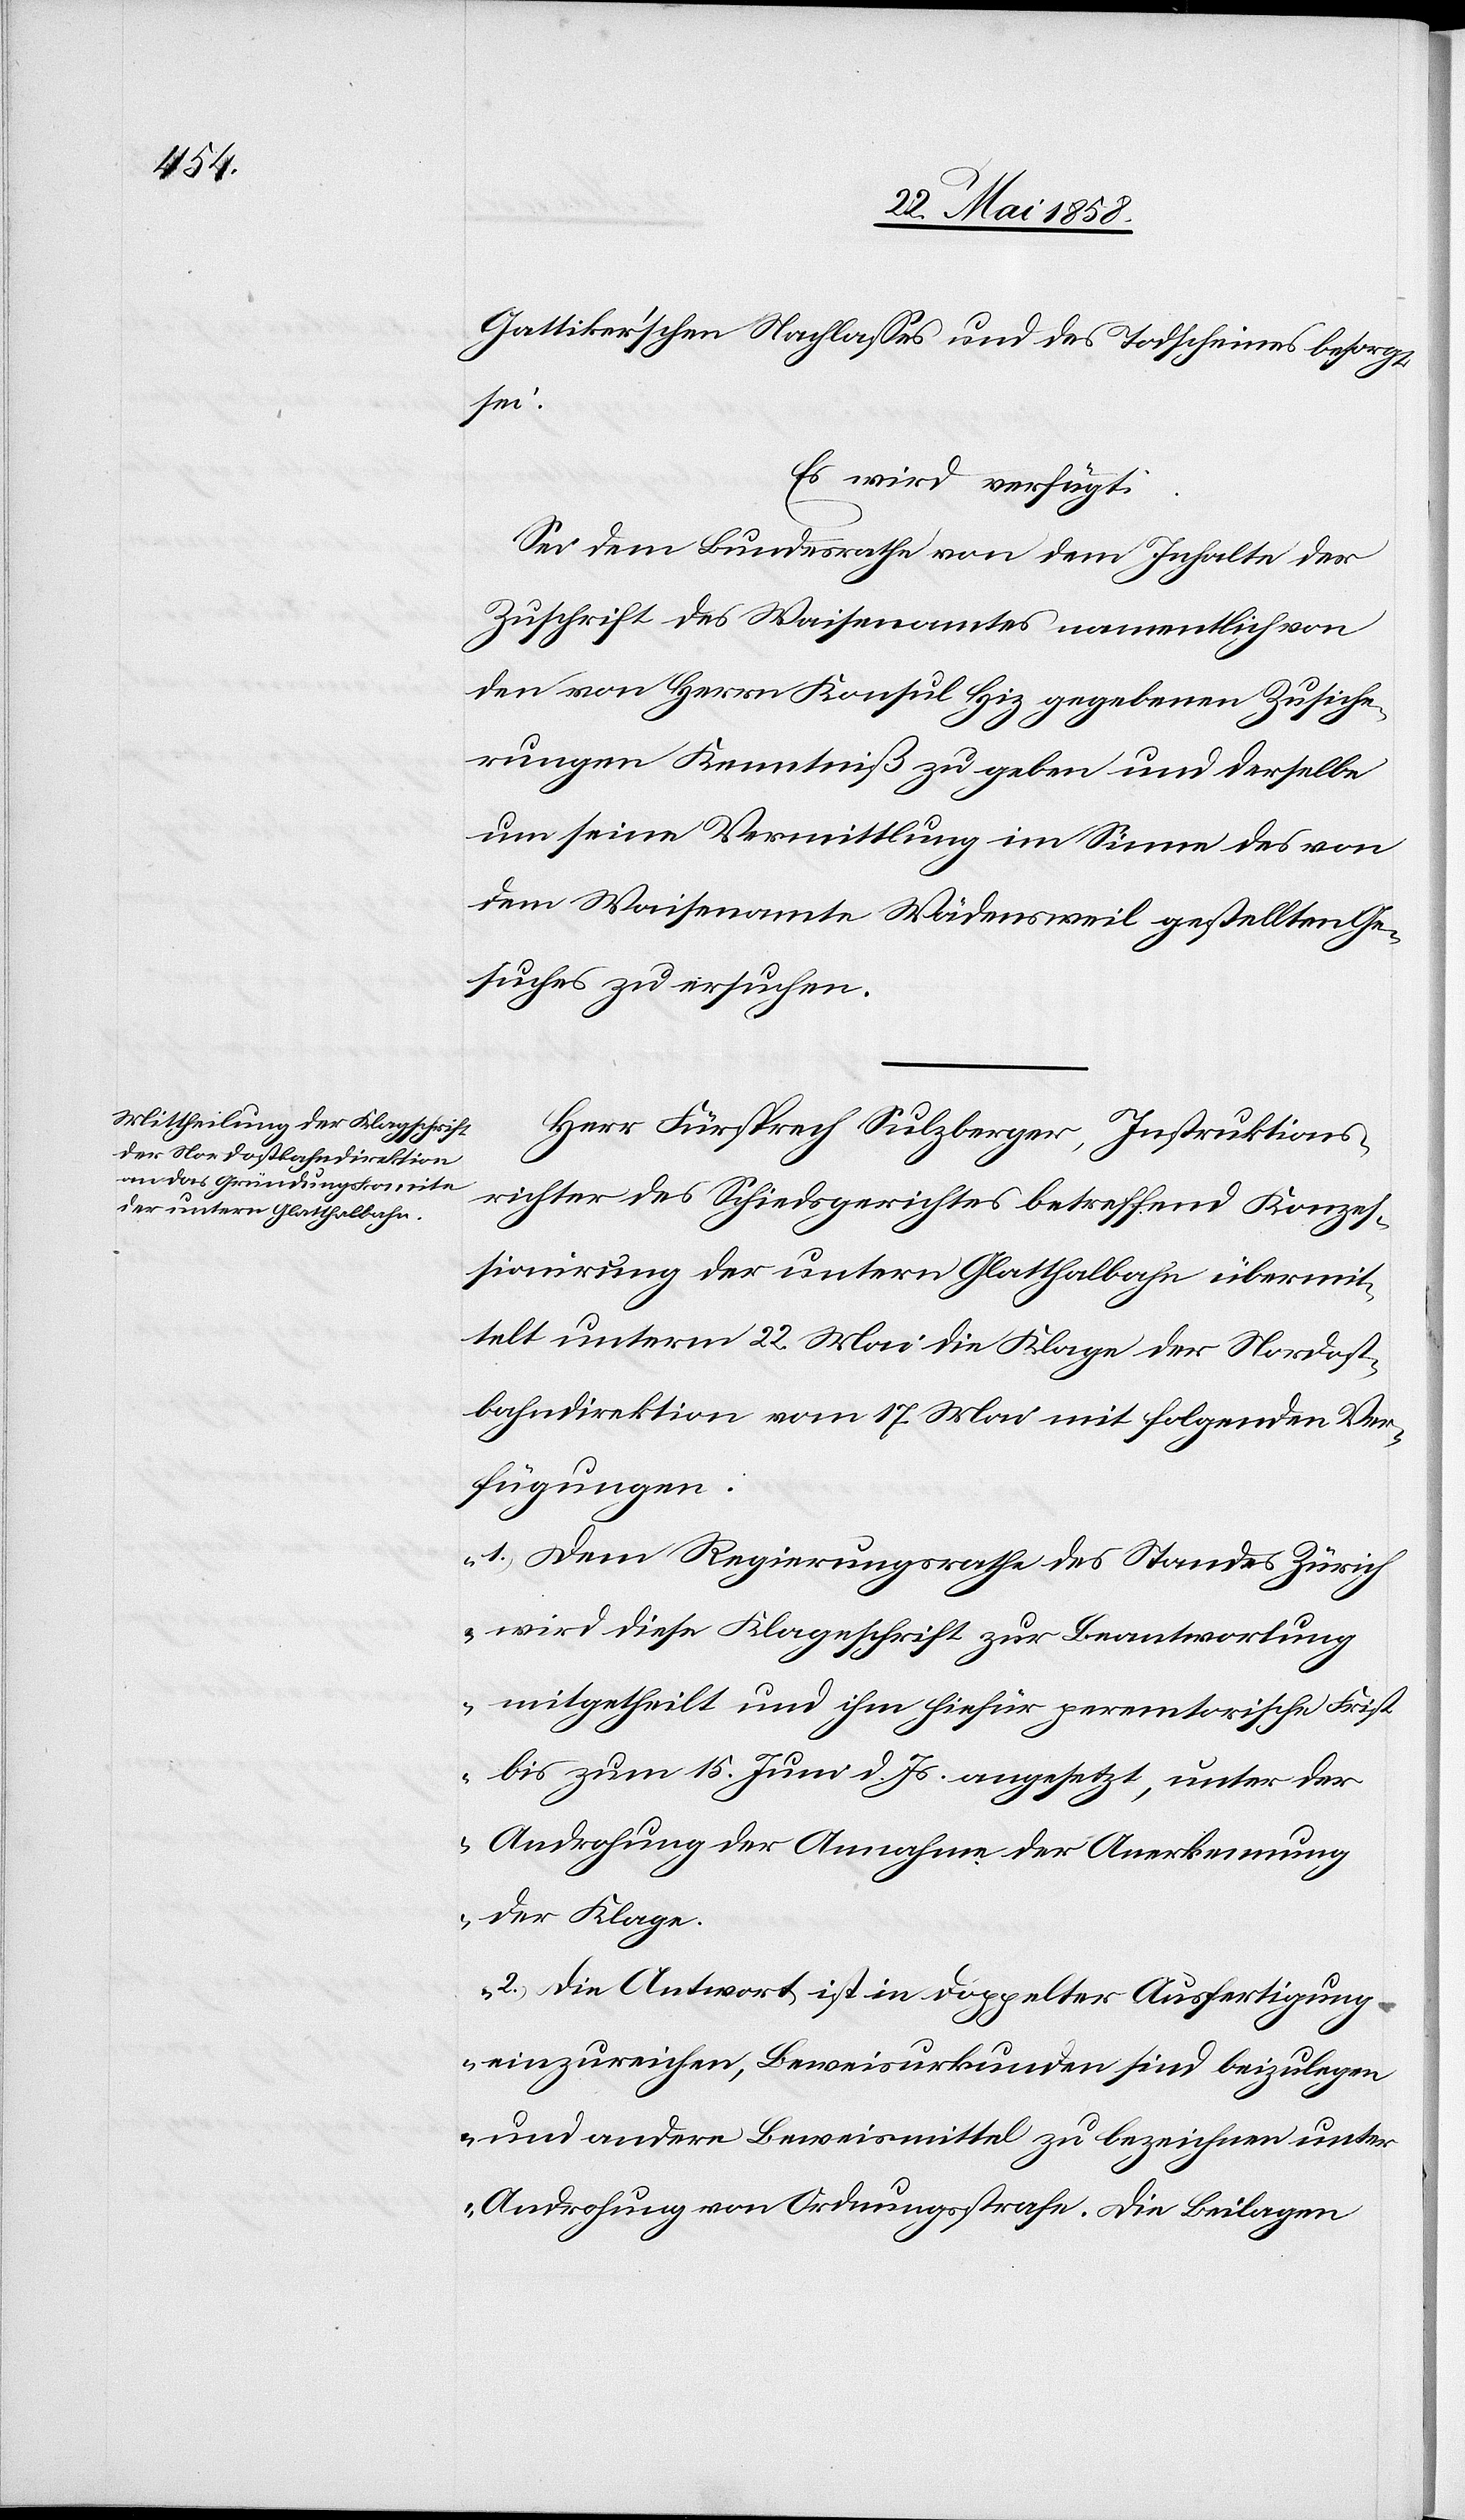
25. Mai 1858.]
Gattiker’schen Nachlasses und des Todscheines besorgt
sei.
Es wird verfügt:
Sei dem Bundesrathe von dem Inhalte der
Zuschrift des Waisenamtes namentlich von
den von Herrn Konsul Hiz gegebenen Zusiche¬
rungen Kenntniß zu geben und derselbe
um seine Vermittlung im Sinne des von
dem Waisenamte Wädensweil gestellten Ge¬
suches zu ersuchen.
Herr Fürsprech Sulzberger, Instruktions¬
richter des Schiedsgerichtes betreffend Konzes¬
sionirung der untern Glatthalbahn übermit¬
telt unterm 22. Mai die Klage der Nordost¬
bahndirektion vom 17. Mai mit folgenden Ver¬
fügungen:
„1.) Dem Regierungsrathe des Standes Zürich
wird diese Klageschrift zur Beantwortung
mitgetheilt und ihm hiefür peremtorische Frist
bis zum 15. Juni d. Js. angesetzt, unter der
Androhung der Annahme der Anerkennung
der Klage.
2.) Die Antwort ist in doppelter Ausfertigung
einzureichen, Beweisurkunden sind beizulegen
und andere Beweismittel zu bezeichnen unter
Androhung von Ordnungsstrafe. Die Beilagen